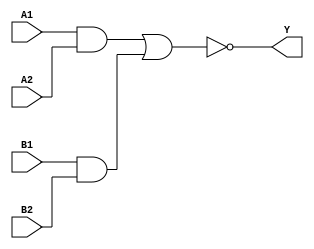
`timescale 1ps/1ps
module cell_a22oi
(
    input wire A1,
    input wire A2,
    input wire B1,
    input wire B2,
    output wire Y
);
    assign Y = !((A1 & A2) | (B1 & B2));
endmodule